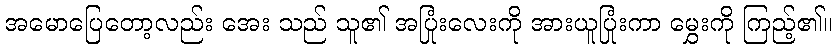
အမောပြေတော့လည်း အေး သည် သူ၏ အပြုံးလေးကို အားယူပြုံးကာ မွှေးကို ကြည့်၏။